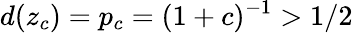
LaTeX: d(z_{c})=p_{c}=(1+c)^{-1}>1/2